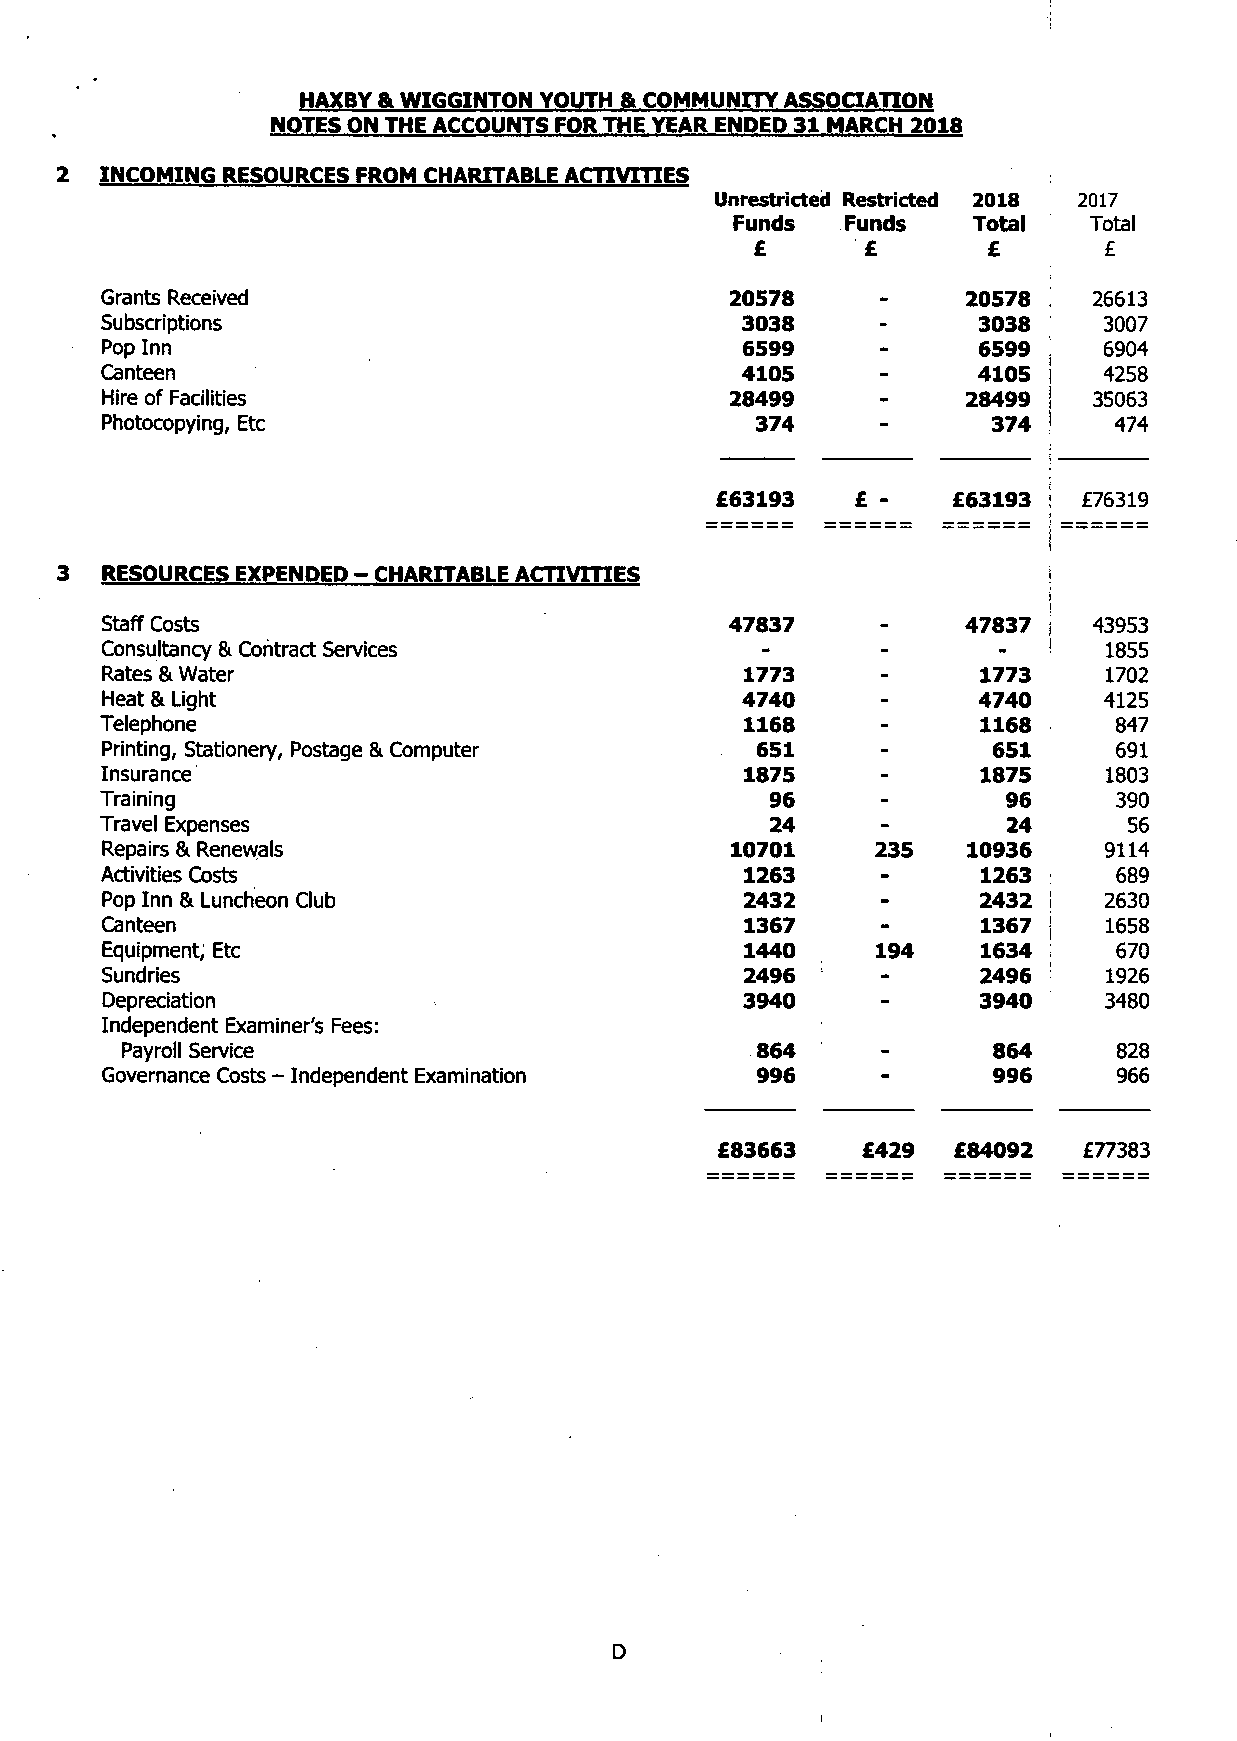
HAXBY & WIGGINTON YOUTH & COMMUNITY ASSOCIATION
 NOTES ON THE ACCOUNTS FOR THE YEAR ENDED 31 MARCH 2018
 2  INCOMING RESOURCES FROM CHARITABLE ACTIVITIES
 Unrestricted Restricted 2018 2017
 Funds   Funds   Total   Total
 £      ' £     £       £
 Grants Received                          20578           20578 ; 26613
 Subscriptions                             3038     -      3038    3007
 Pop Inn                                   6599     -      6599    6904
 Canteen                                   4105     -      4105 |  4258
 Hire of Facilities                       28499     -     28499 ! 35063
 Photocopying, Etc                          374             374 !   474
 £63193    £ -   £63193 ! £76319
 i
 I
 RESOURCES EXPENDED - CHARITABLE ACTIVITIES                    i
 i
 Staff Costs                              47837           47837   43953
 Consultancy & Contract Services            -       -          i   1855
 Rates & Water                             1773     -      1773    1702
 Heat & Light                              4740     -      4740    4125
 Telephone                                 1168     -      1168     847
 Printing, Stationery, Postage & Computer   651     -       651     691
 Insurance                                 1875     -      1875    1803
 Training                                    96     -        96     390
 Travel Expenses                             24     -        24      56
 Repairs & Renewals                       10701     235   10936    9114
 Activities Costs                          1263     -      1263     689
 Pop Inn & Luncheon Club                   2432     -      2432 !  2630
 Canteen                                   1367     -      1367 |  1658
 Equipment, Etc                            1440     194    1634 ;   670
 Sundries                                  2496     -      2496    1926
 Depreciation                              3940     -      3940    3480
 Independent Examiner's Fees:
 Payroll Service                           864     -       864     828
 Governance Costs - Independent Examination 996             996     966
 £83663    £429  £84092   £77383
 D
 I